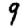
Digit: 9